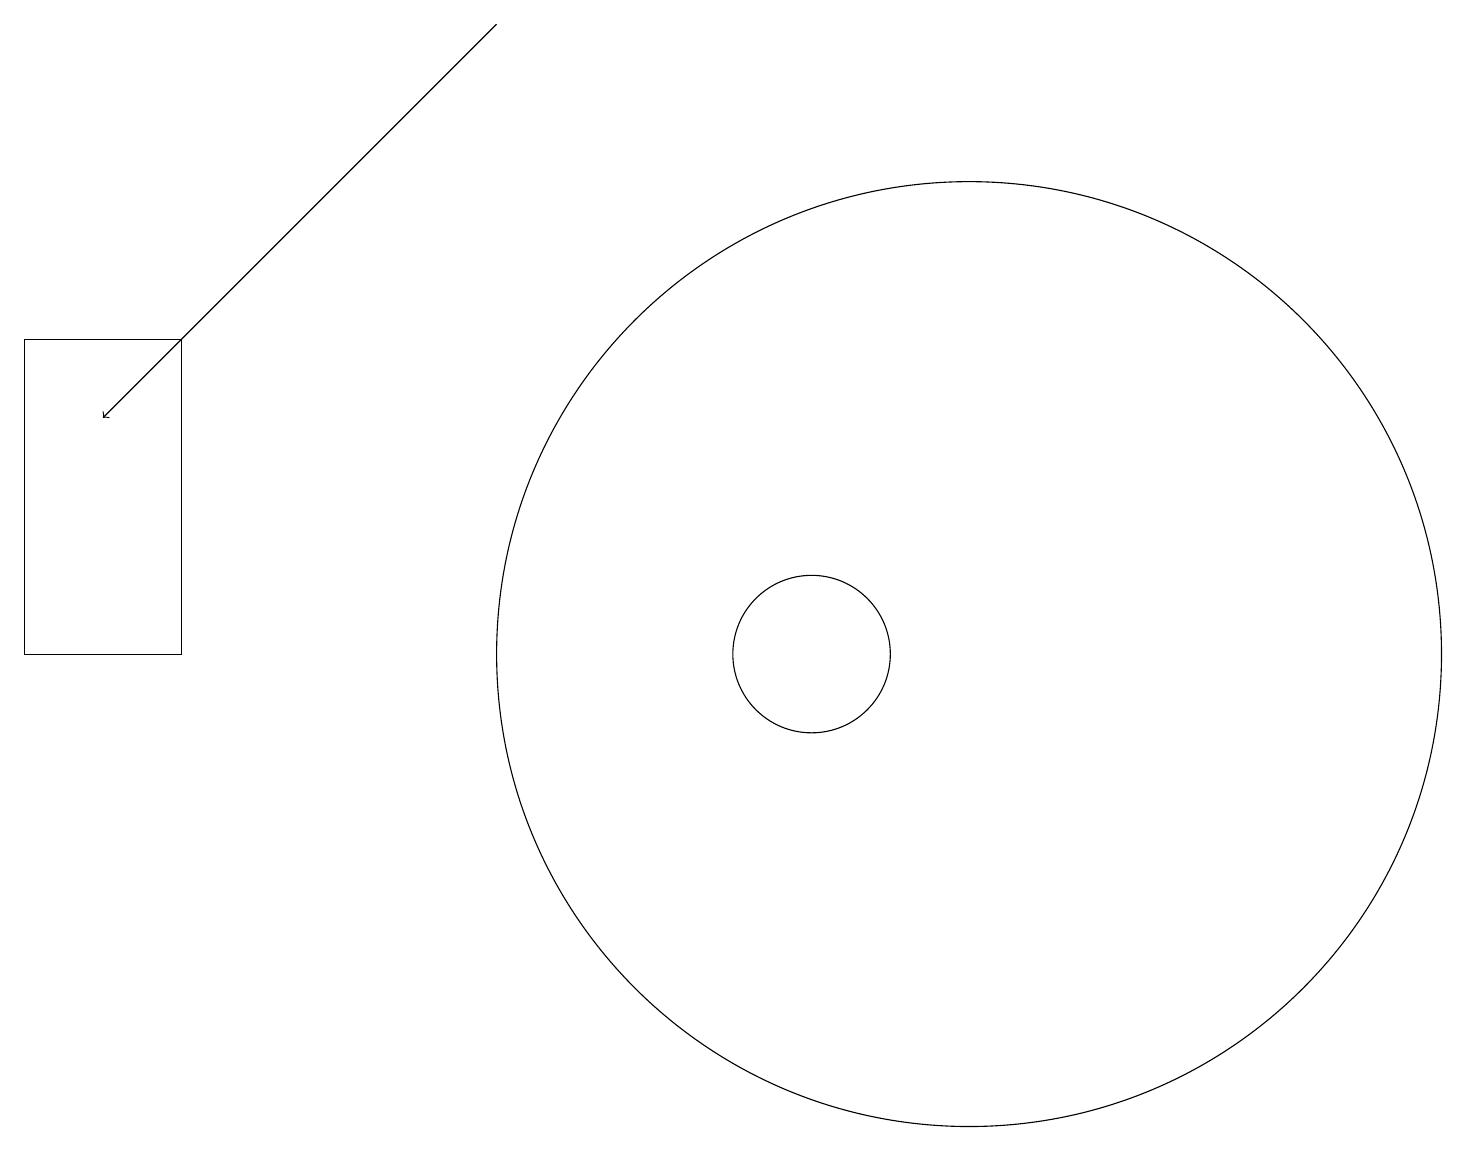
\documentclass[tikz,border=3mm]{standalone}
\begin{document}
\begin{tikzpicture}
\draw (2,15) rectangle (0,11);
\draw (12,11) circle (6);
\draw[->] (6,19) -- (1,14);
\draw (10,11) circle (1);
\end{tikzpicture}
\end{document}